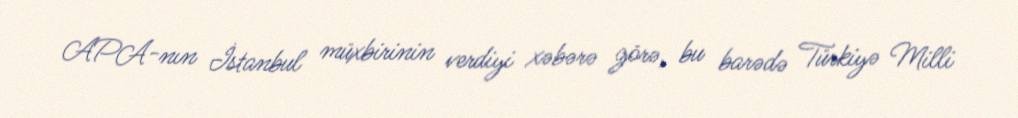
APA-nın İstanbul müxbirinin verdiyi xəbərə görə, bu barədə Türkiyə Milli